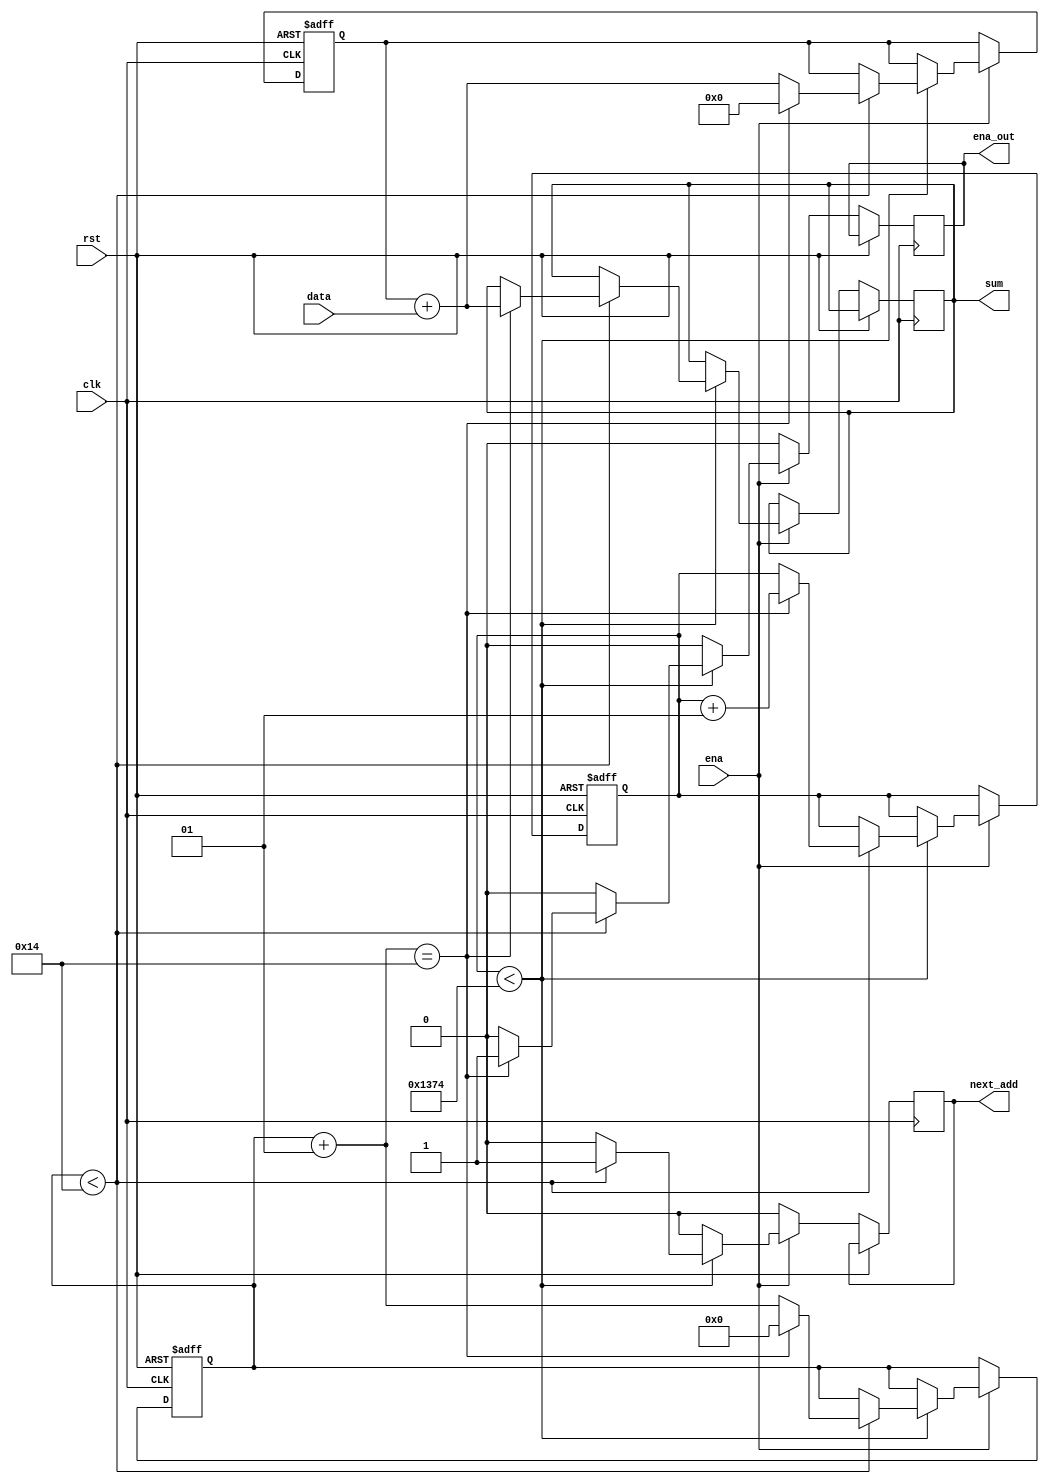
module ADDER
#(
	//Parametry iloci prbek w podanych danych
	parameter signalA_samples = 20,
	parameter signalB_samples = 5000
)(
	//Sygnay wejcia i wyjcia
	input rst,
	input clk,
	input ena,
	input [15:0]data,
	output reg next_add,
	output reg ena_out,
	output reg [20:0] sum
);
//Lokalne zmienne
reg [20:0] summ;
reg [20:0] part;
integer cntA = 0;
integer cntB = 0;
reg local_ena;

always@(posedge clk or posedge rst)
	begin
	//Stan resetu
		if(rst) begin
			part = 0;
			cntA = 0;
			cntB = 0;
		end
	// Dodawanie do siebie kolejnych iloczynw liczonych przez modu MULTIPLIER oraz przekazywanie sumy dalej
		else begin
		
		local_ena = ena;
		next_add = 0;
		ena_out = 0;
		
		if(local_ena)begin
		
			if (cntB < (signalB_samples - signalA_samples))begin
				if (cntA < signalA_samples) begin
					
						part = part + data;
						next_add = 1;
						cntA = cntA + 1;
				if (cntA == 20)begin
					sum = part;
					part = 0;
					cntA = 0;
					cntB = cntB + 1;
					ena_out = 1;
					end				
				end
			end
		end
	end
end


endmodule